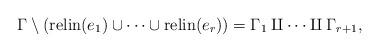
LaTeX: \begin{align*} \Gamma \setminus \left({\mathrm{relin}(e_1)}\cup\cdots\cup {\mathrm{relin}(e_r)}\right) = \Gamma_1 \amalg \cdots \amalg \Gamma_{r+1}, \end{align*}